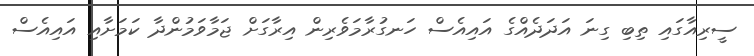
ސީރިއާގައި ތިބި ގިނަ އަދަދެއްގެ އައިއެސް ހަނގުރާމަވެރިން އިރާގަށް ޖަމާވަމުންދާ ކަމަށާއި އައިއެސް